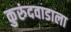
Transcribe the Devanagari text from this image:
कुरुंदवाडाला